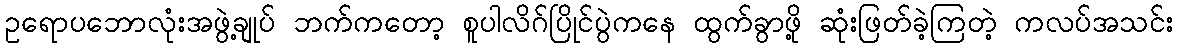
ဥရောပဘောလုံးအဖွဲ့ချုပ် ဘက်ကတော့ စူပါလိဂ်ပြိုင်ပွဲကနေ ထွက်ခွာဖို့ ဆုံးဖြတ်ခဲ့ကြတဲ့ ကလပ်အသင်း